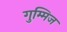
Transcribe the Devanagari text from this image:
गुम्मिज